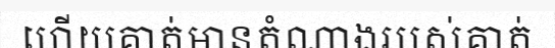
ហើយគាត់មានតំណាងរបស់គាត់